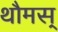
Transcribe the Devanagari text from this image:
थौमस्